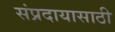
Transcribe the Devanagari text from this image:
संप्रदायासाठी